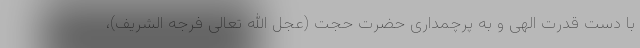
با دست قدرت الهی و به پرچمداری حضرت حجت (عجل الله تعالی فرجه الشریف)،